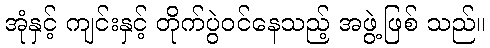
အုံနှင့် ကျင်းနှင့် တိုက်ပွဲဝင်နေသည့် အဖွဲ့ဖြစ် သည်။